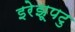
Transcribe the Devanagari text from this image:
इरेझूपटु